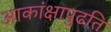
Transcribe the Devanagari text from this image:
आकांक्षापुढति